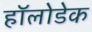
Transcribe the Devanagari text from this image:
हॉलोडेक